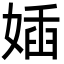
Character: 㛼